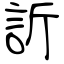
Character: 訢